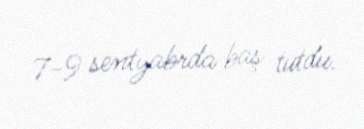
7-9 sentyabrda baş tutdu.